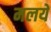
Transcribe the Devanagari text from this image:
मलये